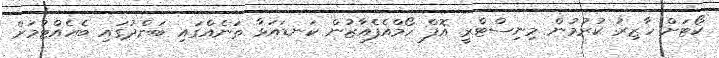
ކޯޓަށް ހާޒިރު ކުރުމުން މިނިސްޓްރީ އޮފް ހޯމްއެފެއާޒުން ކަނޑައަޅާ ތަނެއްގައި ބަންދުގައި ބެހެއްޓުމަށް